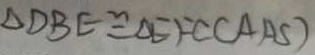
\Delta D B E \cong \Delta E F C ( A A S )